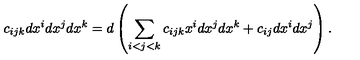
c _ { i j k } d x ^ { i } d x ^ { j } d x ^ { k } = d \left( \sum _ { i < j < k } c _ { i j k } x ^ { i } d x ^ { j } d x ^ { k } + c _ { i j } d x ^ { i } d x ^ { j } \right) .